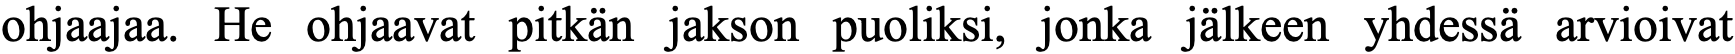
ohjaajaa. He ohjaavat pitkän jakson puoliksi, jonka jälkeen yhdessä arvioivat